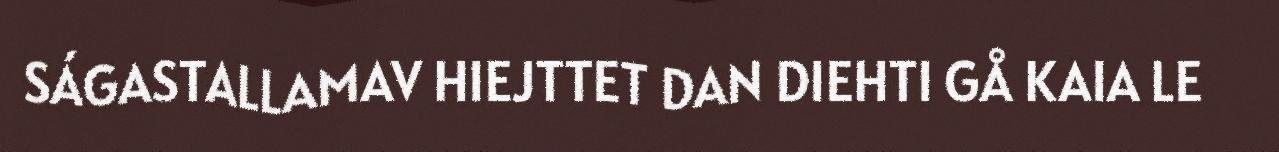
SÁGASTALLAMAV HIEJTTET DAN DIEHTI GÅ KAIA LE